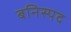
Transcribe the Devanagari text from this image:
बनिस्पद